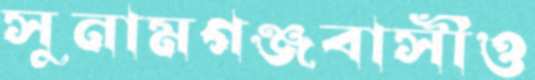
সুনামগঞ্জবাসীও